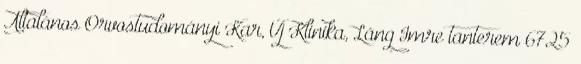
Általános Orvostudományi Kar, Új Klinika, Láng Imre tanterem 6725